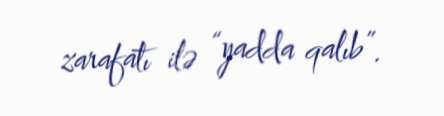
zarafatı ilə “yadda qalıb”.